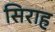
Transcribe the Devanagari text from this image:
सिराह